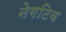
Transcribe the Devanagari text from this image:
नेगटिव